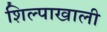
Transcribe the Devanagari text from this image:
शिल्पाखाली